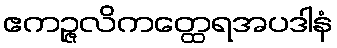
ဧကဉ္ဇလိကတ္ထေရအပဒါနံ